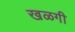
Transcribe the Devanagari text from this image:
खळगी